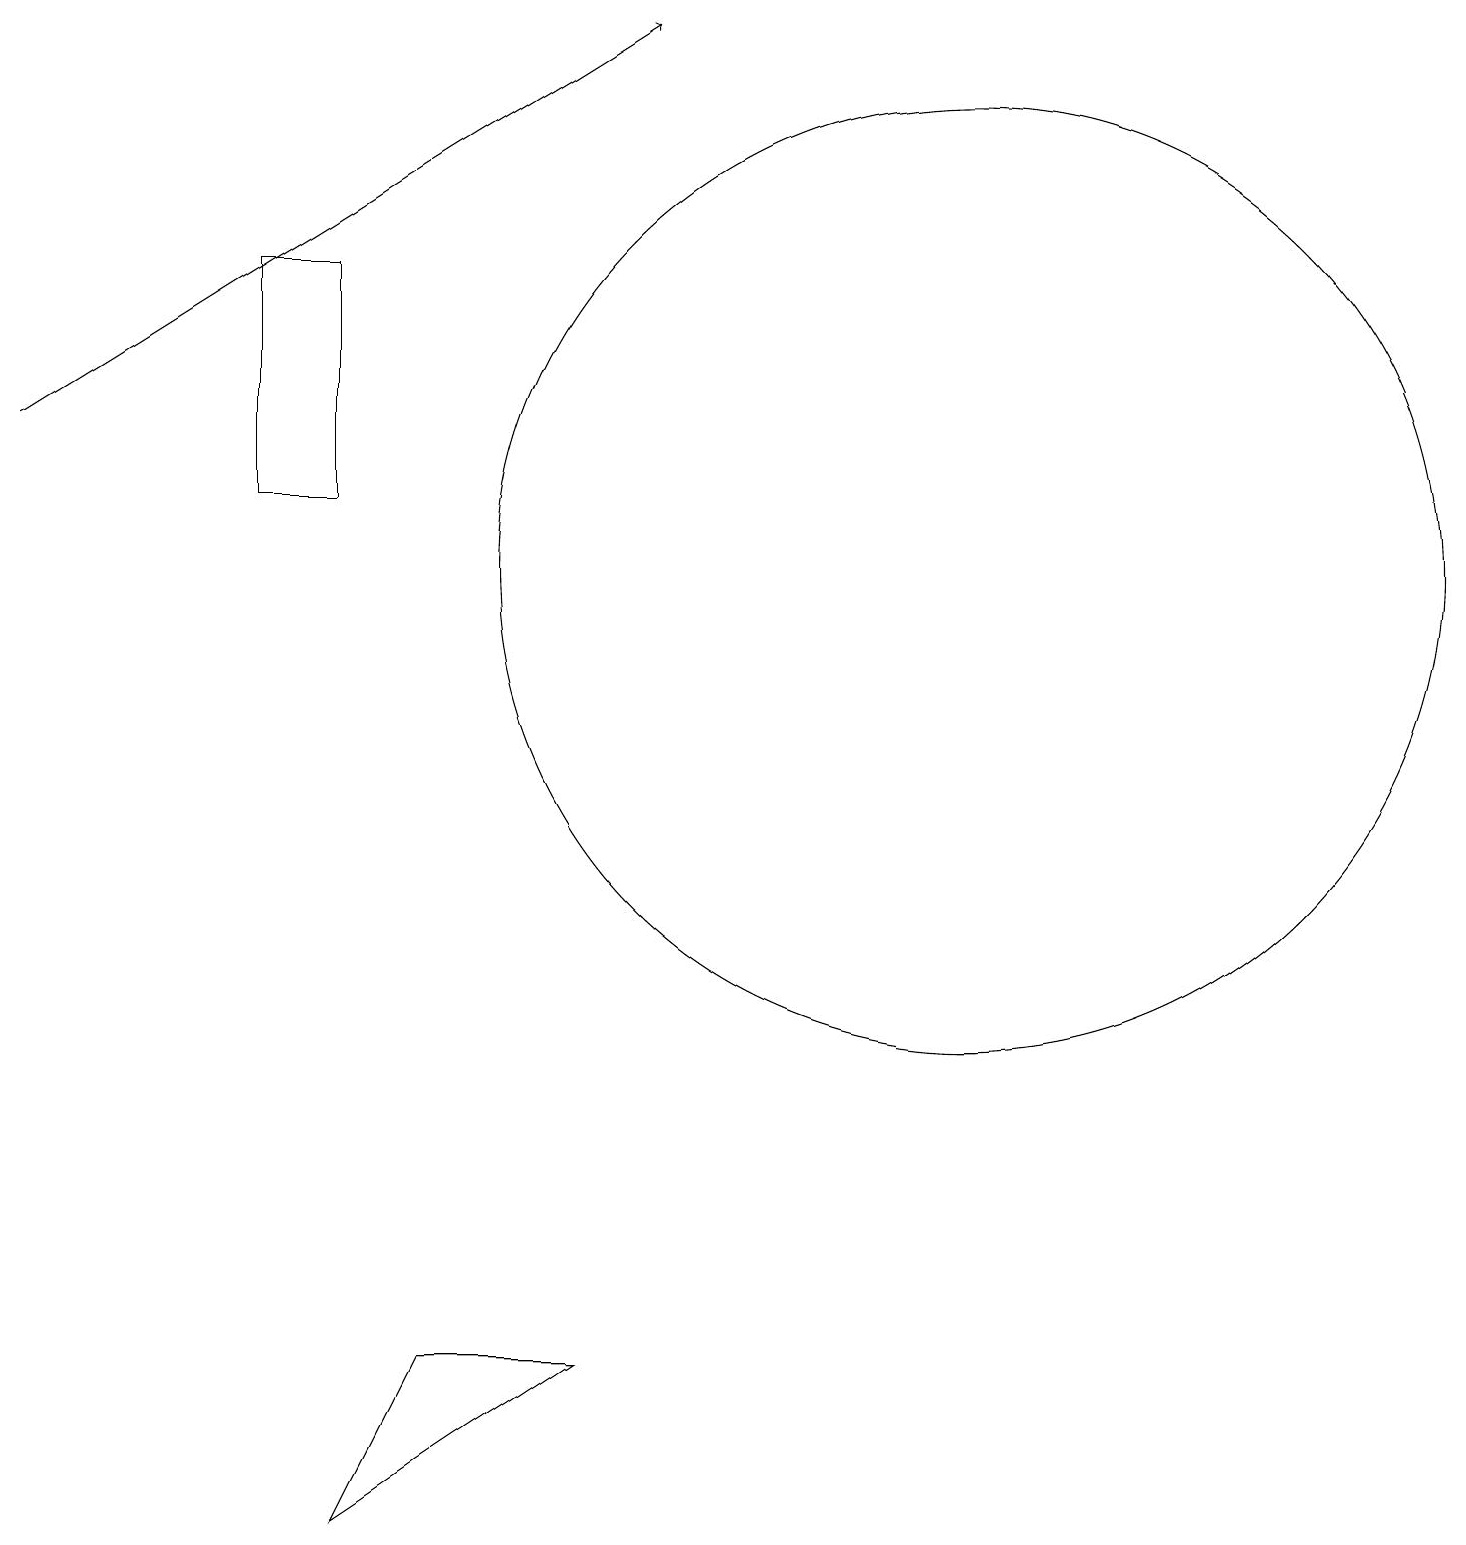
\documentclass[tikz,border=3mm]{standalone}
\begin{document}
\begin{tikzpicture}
\draw (4,16) rectangle (3,13);
\draw (12,12) circle (6);
\draw[->] (0,14) -- (8,19);
\draw (4,0) -- (5,2) -- (7,2) -- cycle;
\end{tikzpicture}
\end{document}